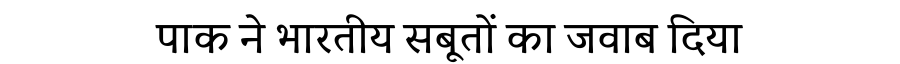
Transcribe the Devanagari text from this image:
पाक ने भारतीय सबूतों का जवाब दिया